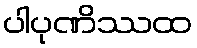
ပါပုဏိဿထ